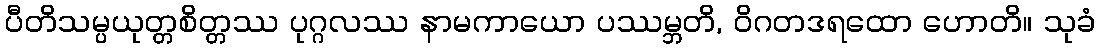
ပီတိသမ္ပယုတ္တစိတ္တဿ ပုဂ္ဂလဿ နာမကာယော ပဿမ္ဘတိ, ဝိဂတဒရထော ဟောတိ။ သုခံ